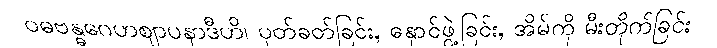
ဝဓဗန္ဓဂေဟဈာပနာဒီဟိ၊ ပုတ်ခတ်ခြင်း, နှောင်ဖွဲ့ခြင်း, အိမ်ကို မီးတိုက်ခြင်း